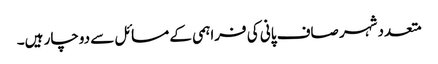
متعددشہر صاف پانی کی فراہمی کے مسائل سے دوچار ہیں۔